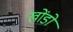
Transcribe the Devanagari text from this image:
खोंडों